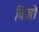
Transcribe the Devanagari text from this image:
बिजो